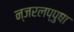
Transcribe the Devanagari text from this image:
न्जरलप्पुषा